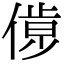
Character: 𠌹